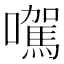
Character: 𡃉